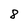
Character: 8